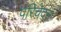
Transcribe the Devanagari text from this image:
परिचेदन